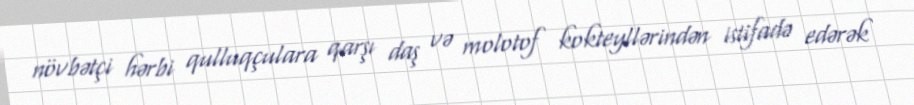
növbətçi hərbi qulluqçulara qarşı daş və molotof kokteyllərindən istifadə edərək